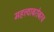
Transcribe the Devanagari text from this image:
महत्त्वाबरोबरच